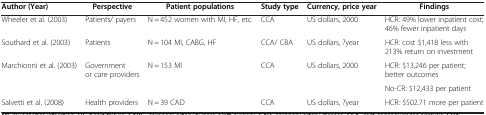
<table><thead><tr><td><b>Author (Year)</b></td><td><b>Perspective</b></td><td><b>Patient populations</b></td><td><b>Study type</b></td><td><b>Currency, price year</b></td><td><b>Findings</b></td></tr></thead><tbody><tr><td>Wheeler et al. (2003)</td><td>Patients/ payers</td><td>N = 452 women with MI, HF, etc.</td><td>CCA</td><td>US dollars, 2000</td><td>HCR: 49% lower inpatient cost; 46% fewer inpatient days</td></tr><tr><td>Southard et al. (2003)</td><td>Patients</td><td>N = 104 MI, CABG, HF</td><td>CCA/ CBA</td><td>US dollars, ?year</td><td>HCR: cost $1,418 less with 213% return on investment</td></tr><tr><td>Marchionni et al. (2003)</td><td>Government or care providers</td><td>N = 153 MI</td><td>CCA</td><td>US dollars, 2000</td><td>HCR: $13,246 per patient; better outcomes</td></tr><tr><td> </td><td> </td><td> </td><td> </td><td> </td><td>No-CR: $12,433 per patient</td></tr><tr><td>Salvetti et al. (2008)</td><td>Health providers</td><td>N = 39 CAD</td><td>CCA</td><td>US dollars, ?year</td><td>HCR: $502.71 more per patient</td></tr></tbody></table>